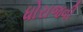
ધોરાજવી